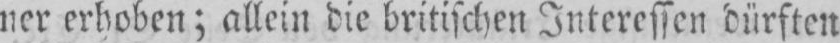
ner erhoben; allein die britischen Interessen dürften